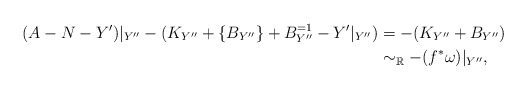
\begin{align*}(A-N-Y')|_{Y''}-(K_{Y''}+\{B_{Y''}\}+B^{=1}_{Y''}-Y'|_{Y''})&=-(K_{Y''}+B_{Y''})\\ &\sim _{\mathbb R}-(f^*\omega)|_{Y''}, \end{align*}